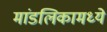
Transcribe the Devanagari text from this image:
मांडलिकामध्ये